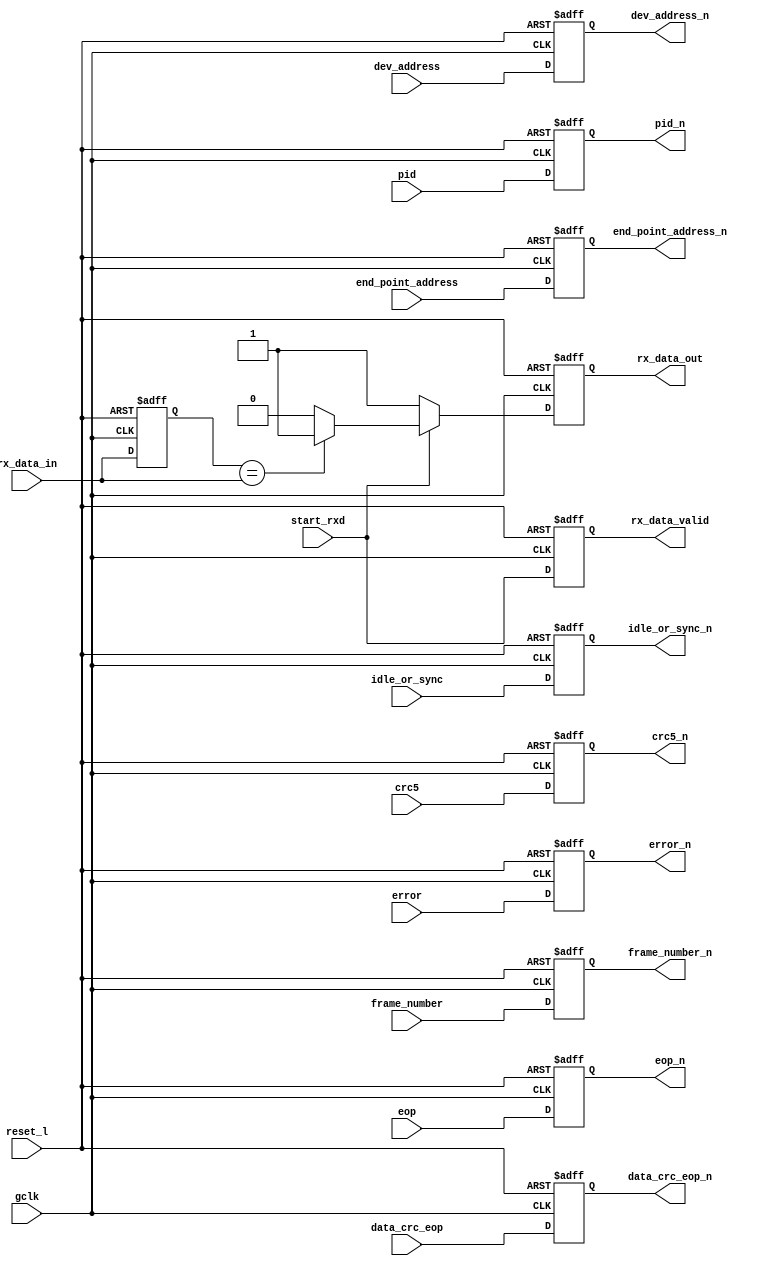
`timescale 1ns/10ps


module nrzi_decode_ap(
	rx_data_out, gclk, reset_l, start_rxd, rx_data_in, rx_data_valid,
        idle_or_sync_n, pid_n, dev_address_n, end_point_address_n, crc5_n,
        frame_number_n, data_crc_eop_n, eop_n, error_n,
        idle_or_sync, pid, dev_address, end_point_address, crc5,
        frame_number, data_crc_eop, eop, error);

input gclk;               	//global clock; 12 Mhz
input reset_l;              	//system reset; global; active low
input start_rxd;		//received data is valid
input rx_data_in;		//received data
input idle_or_sync;            //data qualifier
input pid;                     //data qualifier
input dev_address;             //data qualifier
input end_point_address;       //data qualifier
input crc5;                    //data qualifier
input frame_number;            //data qualifier
input data_crc_eop;            //data qualifier
input eop;            //data qualifier
input error;                   //data qualifier


output rx_data_out;		//receive data after decoder
output rx_data_valid;		//receive data is valid
output idle_or_sync_n;            //data qualifier
output pid_n;                     //data qualifier
output dev_address_n;             //data qualifier
output end_point_address_n;       //data qualifier
output crc5_n;                    //data qualifier
output frame_number_n;            //data qualifier
output data_crc_eop_n;            //data qualifier
output eop_n;            //data qualifier
output error_n;                   //data qualifier


reg rx_data_out;		//binary out
reg rx_data_valid;		//data valid signal to bit stuffer
reg last_data;			//previous data to be compared with current
reg idle_or_sync_n;            //data qualifier
reg pid_n;                     //data qualifier
reg dev_address_n;             //data qualifier
reg end_point_address_n;       //data qualifier
reg crc5_n;                    //data qualifier
reg frame_number_n;            //data qualifier
reg data_crc_eop_n;            //data qualifier
reg eop_n;            //data qualifier
reg error_n;                   //data qualifier



always @(posedge gclk or negedge reset_l)
begin
  if (!reset_l)
  begin
    rx_data_valid <= #1 1'b0;
    last_data <= #1 1'b1;
    idle_or_sync_n <= #1 1'b0;
    pid_n <= #1 1'b0;
    dev_address_n <= #1 1'b0;
    end_point_address_n <= #1 1'b0;
    crc5_n <= #1 1'b0; // fix?
    frame_number_n <= #1 1'b0;
    data_crc_eop_n <= #1 1'b0;
    eop_n <= #1 1'b0;
    error_n <= #1 1'b0;
  end
  else
  begin
    rx_data_valid <= #1 start_rxd;
    last_data <= #1 rx_data_in;
    idle_or_sync_n <= #1 idle_or_sync;
    pid_n <= #1 pid;
    dev_address_n <= #1 dev_address;
    end_point_address_n <= #1 end_point_address;
    crc5_n <= #1 crc5;
    frame_number_n <= #1 frame_number;
    data_crc_eop_n <= #1 data_crc_eop;
    eop_n <= #1 eop;
    error_n <= #1 error;
  end
end
always @(posedge gclk or negedge reset_l)
begin
  if (!reset_l)
    rx_data_out <= #1 1'b1;	//default is 1; idle state
  else if (!start_rxd)		//rxd idle = 1
    rx_data_out <= #1 1'b1;
  else if (last_data==rx_data_in)	//decode to 1 if no input change
    rx_data_out <= #1 1'b1;
  else
    rx_data_out <= #1 1'b0;
end

endmodule